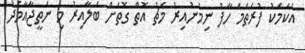
އެކަމަކު ފުރަތަމަ ހާފު ނިމުނުއިރު މެޗު އޮތް ގޮތަށް ބަލާއިރު މި ނަތީޖާއާމެދު